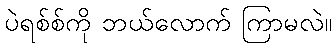
ပဲရစ်စ်ကို ဘယ်လောက် ကြာမလဲ။